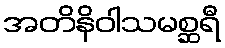
အတိနိဝါသမစ္ဆရီ